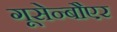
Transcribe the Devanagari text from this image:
गूसेन्बौएर